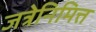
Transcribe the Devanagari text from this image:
जत्रेनिमित्त